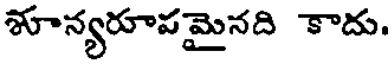
శూన్యరూపమైనది కాదు.